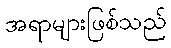
အရာများဖြစ်သည်